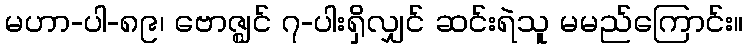
မဟာ-ပါ-၈၉၊ ဗောဇ္ဈင် ၇-ပါးရှိလျှင် ဆင်းရဲသူ မမည်ကြောင်း။